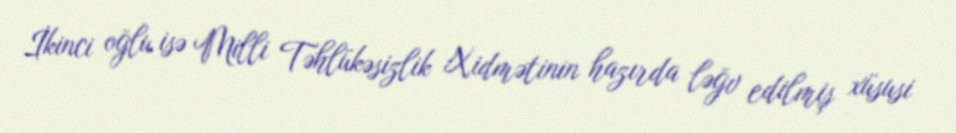
İkinci oğlu isə Milli Təhlükəsizlik Xidmətinin hazırda ləğv edilmiş xüsusi